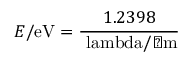
E / { \mathrm { e V } } = { \frac { 1 . 2 3 9 8 } { \mathrm { \ l a m b d a } / { \mathrm { � m } } } }